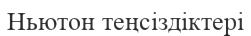
Ньютон теңсіздіктері